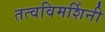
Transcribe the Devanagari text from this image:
तत्वविमर्शिनी